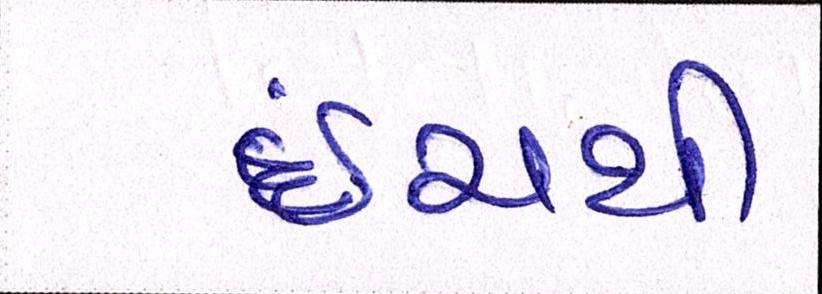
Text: ઇંચથી